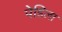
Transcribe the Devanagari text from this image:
पेडिला